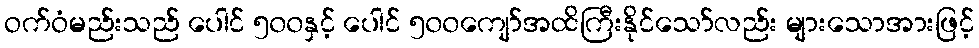
ဝက်ဝံမည်းသည် ပေါင် ၅၀၀နှင့် ပေါင် ၅၀၀ကျော်အထိကြီးနိုင်သော်လည်း များသောအားဖြင့်